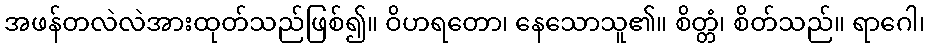
အဖန်တလဲလဲအားထုတ်သည်ဖြစ်၍။ ဝိဟရတော၊ နေသောသူ၏။ စိတ္တံ၊ စိတ်သည်။ ရာဂေါ၊